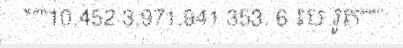
"""10,452 3,971,941 353. 6 បេ រូត"""